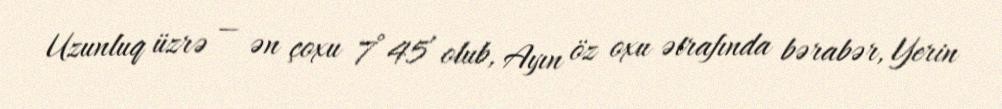
Uzunluq üzrə — ən çoxu 7°45′ olub, Ayın öz oxu ətrafında bərabər, Yerin